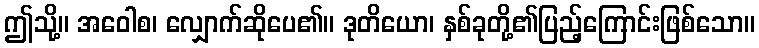
ဤသို့။ အဝေါစ၊ လျှောက်ဆိုပေ၏။ ဒုတိယော၊ နှစ်ခုတို့၏ပြည့်ကြောင်းဖြစ်သော။